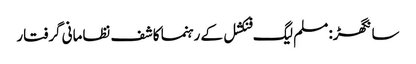
سانگھڑ: مسلم لیگ فنکشل کے رہنما کاشف نظامانی گرفتار